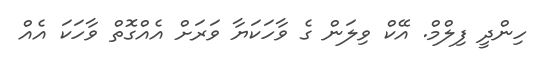
ހިންދީ ފިލްމް. އޭކް ވިލަން ގެ ވާހަކަޔާ ވަރަށް އެއްގޮތް ވާހަކަ އެއް